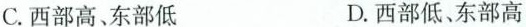
C.西部高、东部低 D.西部低、东部高